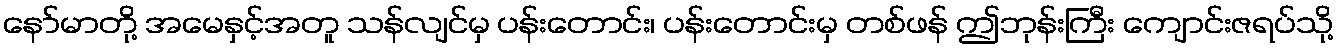
နော်မာတို့ အမေနှင့်အတူ သန်လျင်မှ ပန်းတောင်း၊ ပန်းတောင်းမှ တစ်ဖန် ဤဘုန်းကြီး ကျောင်းဇရပ်သို့